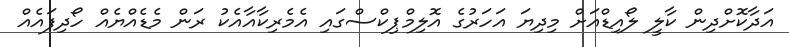
އަދާކޮށްދިން ކާލީ ލޯއިޑްއަށް މިދިޔަ އަހަރުގެ އޮލިމްޕިކްސްގައި އެމެރިކާއާއެކު ރަން މެޑެއްޔެއް ހޯދިފައެއް